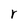
Character: r